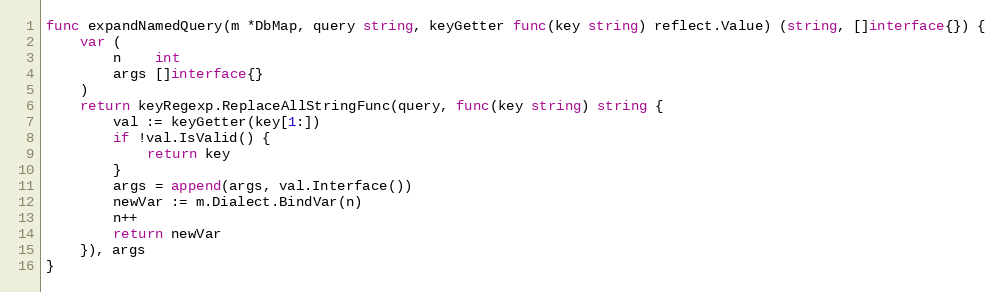
Language: Go
func expandNamedQuery(m *DbMap, query string, keyGetter func(key string) reflect.Value) (string, []interface{}) {
	var (
		n    int
		args []interface{}
	)
	return keyRegexp.ReplaceAllStringFunc(query, func(key string) string {
		val := keyGetter(key[1:])
		if !val.IsValid() {
			return key
		}
		args = append(args, val.Interface())
		newVar := m.Dialect.BindVar(n)
		n++
		return newVar
	}), args
}